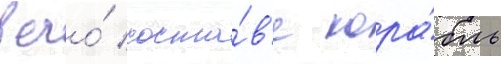
в его́ соста́в'е кора́бль